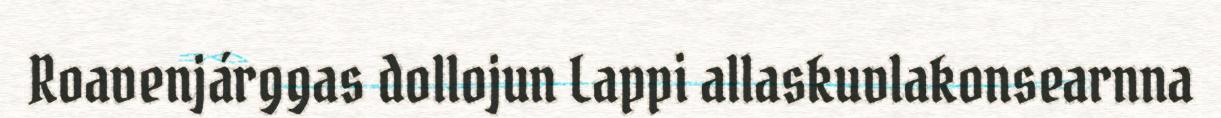
Roavenjárggas dollojun Lappi allaskuvlakonsearnna